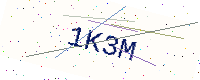
Text: 1K3M